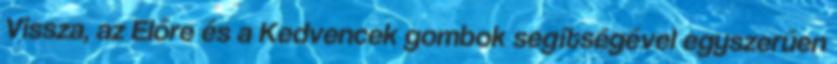
Vissza, az Előre és a Kedvencek gombok segítségével egyszerűen